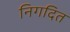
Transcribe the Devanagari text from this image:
निगदित